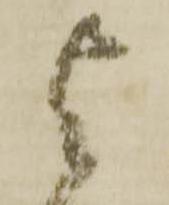
与